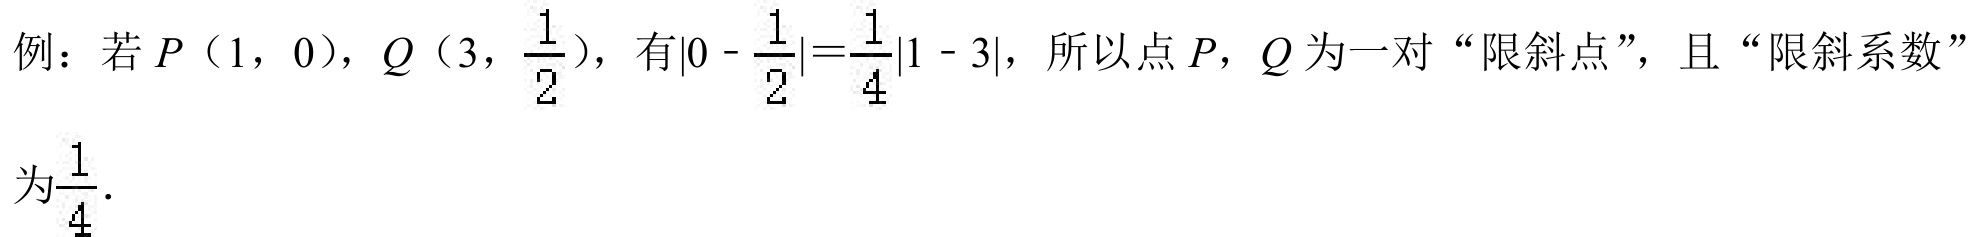
例：若\(P(1,0)\)，\(Q(3,\frac{1}{2})\)，有\(\vert0 - \frac{1}{2}\vert=\frac{1}{4}\vert1 - 3\vert\)，所以点\(P\)，\(Q\)为一对“限斜点”，且“限斜系数”为\(\frac{1}{4}\)．